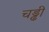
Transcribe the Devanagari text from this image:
चड्ढी